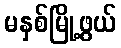
မနှစ်မြို့ဖွယ်